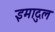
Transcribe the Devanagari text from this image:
इमादुल